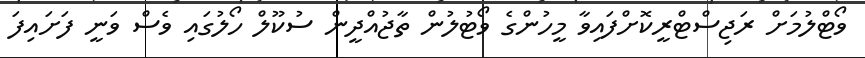
ވޯޓްލުމަށް ރަޖިސްޓްރީކޮށްފައިވާ މީހުންގެ ވޯޓުލުން ތާޖުއްދީން ސުކޫލް ހޯލުގައި ވެސް ވަނީ ފަށައިފަ